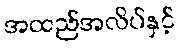
အထည်အလိပ်နှင့်